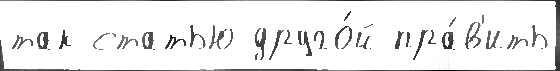
так статью друго́й пра́в'ить